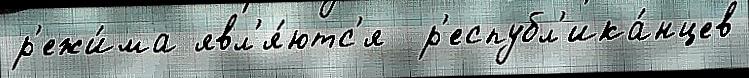
р'ежи́ма явл'я́ютс'я  р'еспубл'ика́нцев